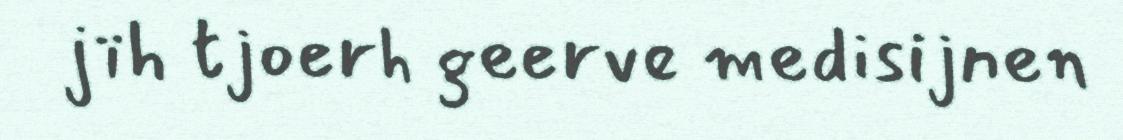
jïh tjoerh geerve medisijnen